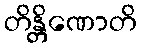
တိန္တိဏောတိ